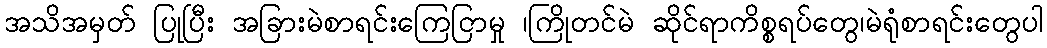
အသိအမှတ် ပြုပြီး အခြားမဲစာရင်းကြေငြာမှု ၊ကြိုတင်မဲ ဆိုင်ရာကိစ္စရပ်တွေ၊မဲရုံစာရင်းတွေပါ